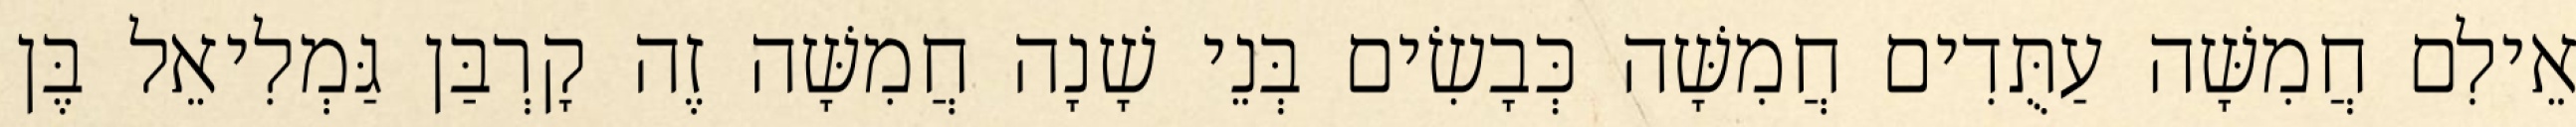
אֵילִם חֲמִשָּׁה עַתֻּדִים חֲמִשָּׁה כְּבָשִׂים בְּנֵי שָׁנָה חֲמִשָּׁה זֶה קָרְבַּן גַּמְלִיאֵל בֶּן